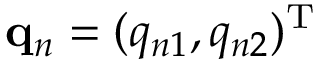
\mathbf { q } _ { n } = ( q _ { n 1 } , q _ { n 2 } ) ^ { \mathrm { T } }